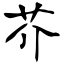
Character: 芥